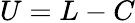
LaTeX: U=L-C